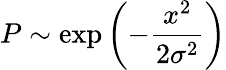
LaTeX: P\sim\exp\left(-\frac{x^{2}}{2\sigma^{2}}\right)